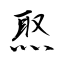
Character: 焣